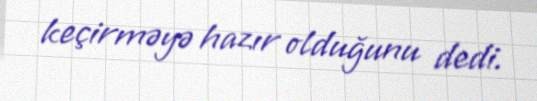
keçirməyə hazır olduğunu dedi.